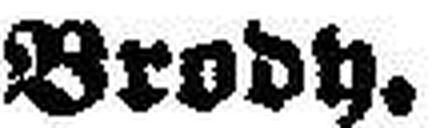
Brody.